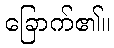
ခြောက်၏။